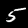
Label: 5